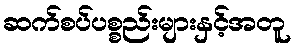
ဆက်စပ်ပစ္စည်းများနှင့်အတူ